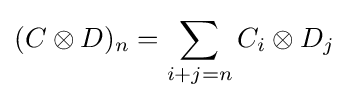
(C\otimes D)_{n}=\sum _{i+j=n}C_{i}\otimes D_{j}